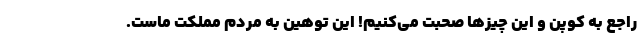
راجع ‌به کوپن و این چیزها صحبت می‌کنیم! این توهین به مردم مملکت ماست.